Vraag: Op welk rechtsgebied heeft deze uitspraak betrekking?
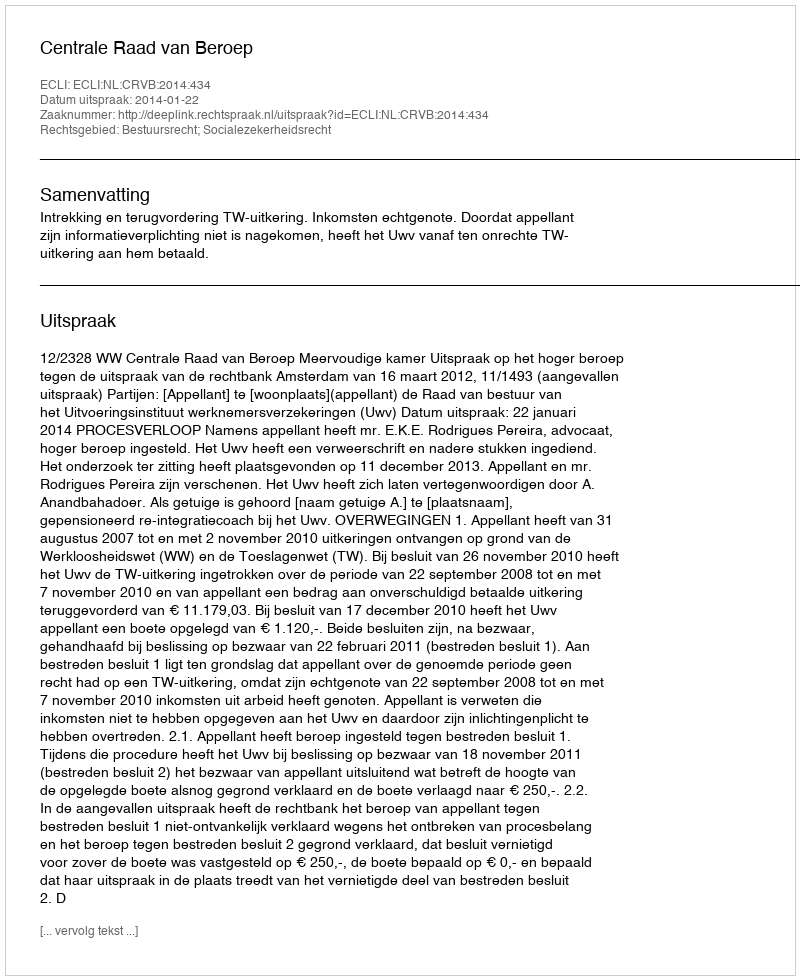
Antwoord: Bestuursrecht; Socialezekerheidsrecht